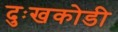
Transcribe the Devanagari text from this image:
दुःखकोडी